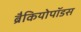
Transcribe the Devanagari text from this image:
ब्रैकियोपॉडस